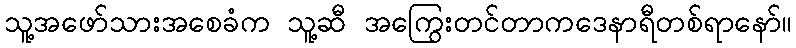
သူ့အဖော်သားအစေခံက သူ့ဆီ အကြွေးတင်တာကဒေနာရီတစ်ရာနော်။